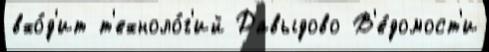
вхо́д'ит т'ехноло́г'ий Давыдово В'е́домост'и